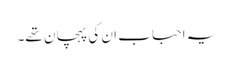
یہ احباب ان کی پہچان تھے۔